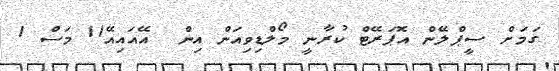
ގަމަށް ސީޕްލޭން އޮޕަރޭޓް ކުރާނީ މޯލްޑިވިއަން އިން  އޭއައިއޭ11 މަސް 1